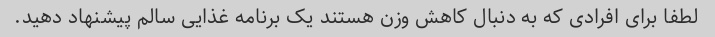
لطفا برای افرادی که به دنبال کاهش وزن هستند یک برنامه غذایی سالم پیشنهاد دهید.